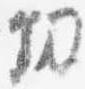
功